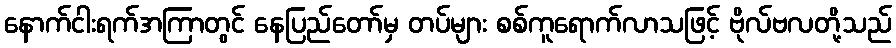
နောက်ငါးရက်အကြာတွင် နေပြည်တော်မှ တပ်များ စစ်ကူရောက်လာသဖြင့် ဗိုလ်ဗလတို့သည်